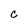
Character: c